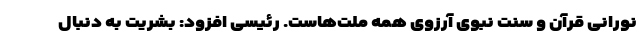
نورانی قرآن و سنت نبوی آرزوی همه ملت‌هاست. رئیسی افزود: بشریت به دنبال